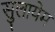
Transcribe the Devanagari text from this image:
सुलायेम